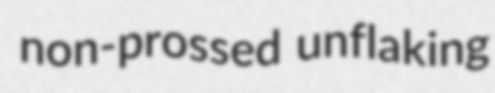
non-prossed unflaking